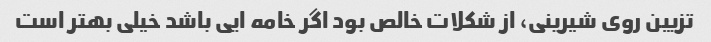
تزیین روی شیرینی، از شکلات خالص بود اگر خامه ایی باشد خیلی بهتر است